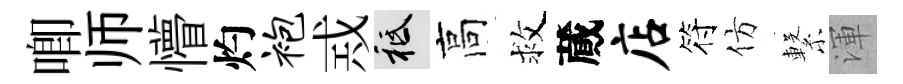
唧师懵灼袍𢦶祇高救蕆店符仿繋渾